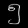
Digit: ၅